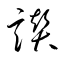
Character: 讚